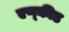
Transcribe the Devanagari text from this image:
एण्कीड